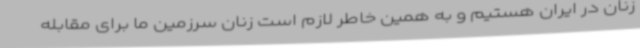
زنان در ایران هستیم و به همین خاطر لازم است زنان سرزمین ما برای مقابله